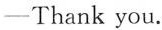
-Thank you.